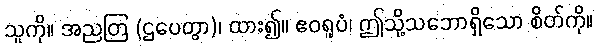
သူကို။ အညတြ (ဌပေတွာ)၊ ထား၍။ ဧဝရူပံ၊ ဤသို့သဘောရှိသော စိတ်ကို။